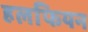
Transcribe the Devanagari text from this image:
हलफियन